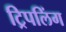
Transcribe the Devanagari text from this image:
ट्रिपलिंग